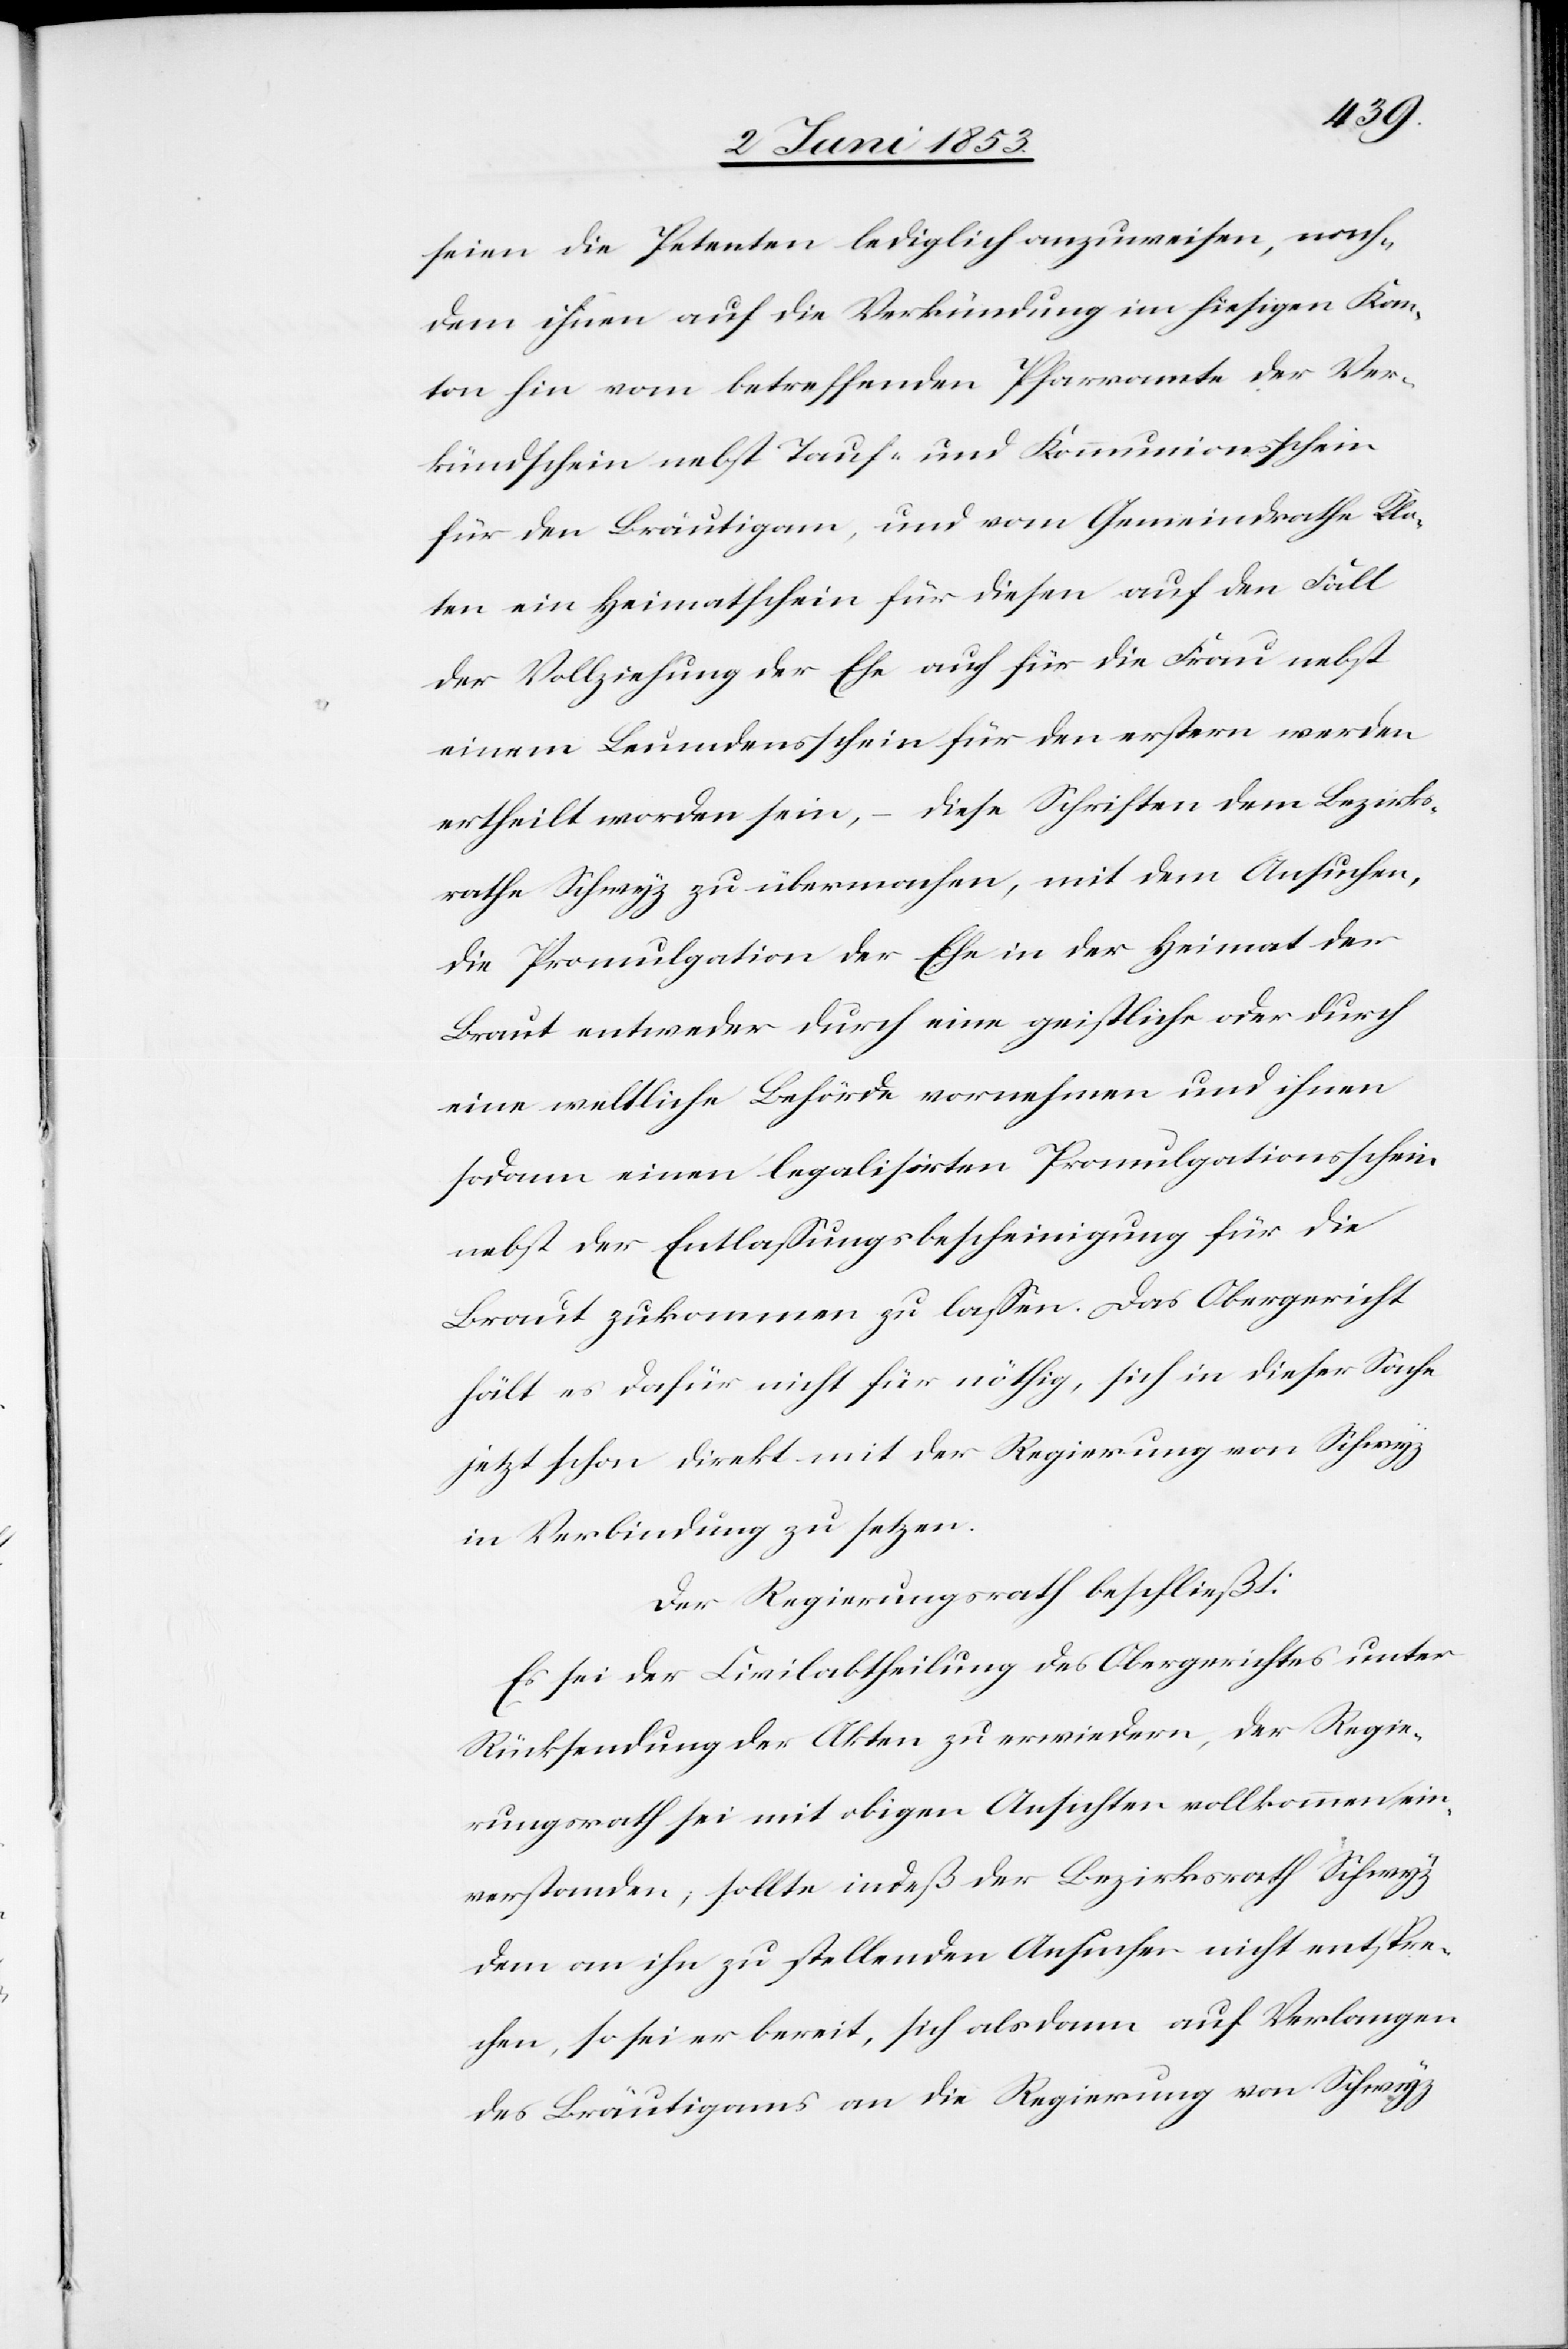
seien die Petenten lediglich anzuweisen, nach¬
dem ihnen auf die Verkündung im hiesigen Kan¬
ton hin vom betreffenden Pfarramte der Ver¬
kündschein nebst Tauf- und Kommunionsschein
für den Bräutigam, und vom Gemeindrathe Klo¬
ten ein Heimathschein für diesen auf den Fall
der Vollziehung der Ehe auch für die Frau nebst
einem Leumdensschein für den erstern werden
ertheilt worden sein, – diese Schriften dem Bezirks¬
rathe Schwyz zu übermachen, mit dem Ansuchen,
die Promulgation der Ehe in der Heimat der
Braut entweder durch eine geistliche oder durch
eine weltliche Behörde vorzunehmen und ihnen
sodann einen legalisirten Promulgationsschein
nebst der Entlaßungsbescheinigung für die
Braut zukommen zu laßen. Das Obergericht
hält es dafür nicht für nöthig, sich in dieser Sache
jetzt schon direkt mit der Regierung von Schwyz
in Verbindung zu setzen.
Der Regierungsrath beschließt:
Es sei der Civilabtheilung des Obergerichtes unter
Rücksendung der Akten zu erwiedern, der Regie¬
rungsrath sei mit obigen Ansichten vollkommen ein¬
verstanden, sollte indeß der Bezirksrath Schwyz
dem an ihn zu stellenden Ansuchen nicht entspre¬
chen, so sei er bereit, sich alsdann auf Verlangen
des Bräutigams an die Regierung von Schwyz